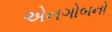
એનગોબનો